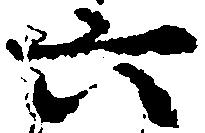
六